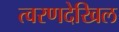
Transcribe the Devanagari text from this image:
त्वरणदेखिल